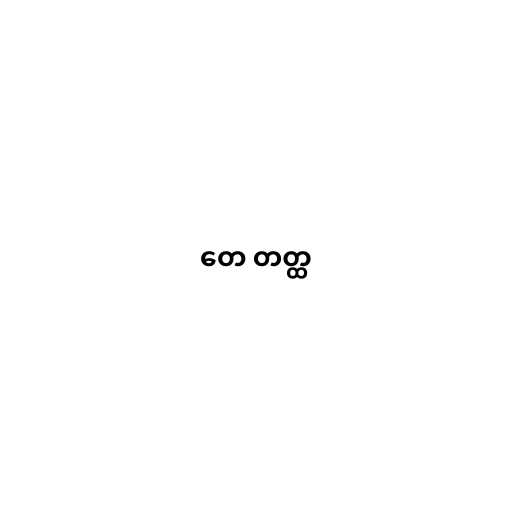
တေ တတ္ထ